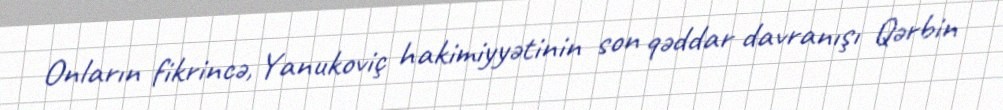
Onların fikrincə, Yanukoviç hakimiyyətinin son qəddar davranışı Qərbin